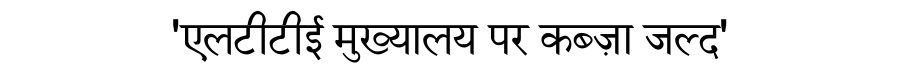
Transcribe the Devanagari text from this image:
'एलटीटीई मुख्यालय पर कब्ज़ा जल्द'